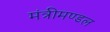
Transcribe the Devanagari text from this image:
मंत्रीमण्‍डल